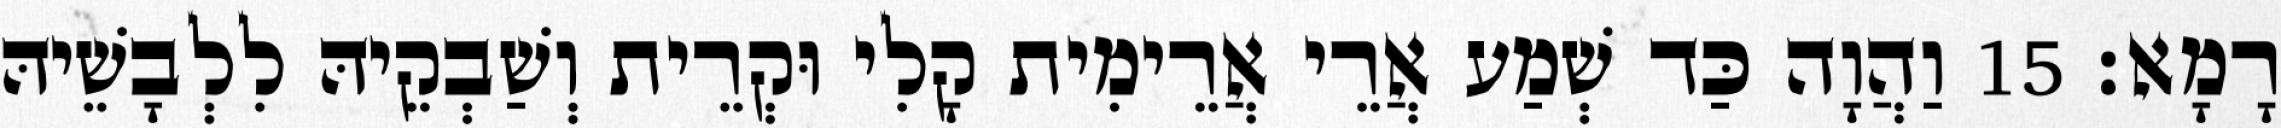
רָמָא׃ 15 וַהֲוָה כַּד שְׁמַע אֲרֵי אֲרֵימִית קָלִי וּקְרֵית וְשַׁבְקֵיהּ לִלְבָשֵׁיהּ